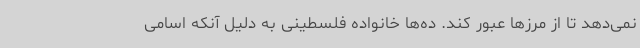
نمی‌دهد تا از مرزها عبور کند. ده‌ها خانواده فلسطینی به دلیل آنکه اسامی